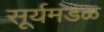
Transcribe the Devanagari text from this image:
सूर्यमंडळ